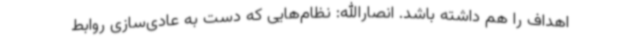
اهداف را هم داشته باشد. انصارالله: نظام‌هایی که دست به عادی‌سازی روابط